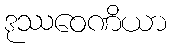
ဒုဿဝေဏိယာ